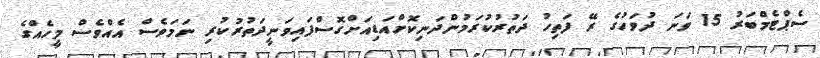
ސެޕްޓެމްބަރު 15 ވަނަ ދުވަހުގެ ރޭ ފަތިހު ދަތުރުކުރަމުންދަނިކޮށްއަޑިއަށްގޮސްފައިވަނީދަތުރުކުރި ނަމަވެސް އެއްވެސް މީހެއްގެ